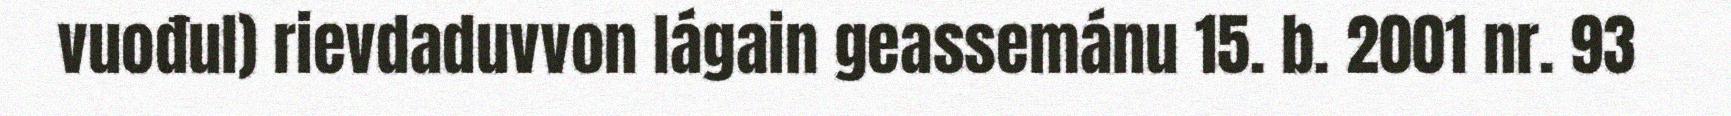
vuođul) rievdaduvvon lágain geassemánu 15. b. 2001 nr. 93